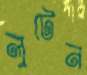
লুটেন